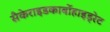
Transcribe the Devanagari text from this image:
सैकेराइडकार्बोहाइड्रेट